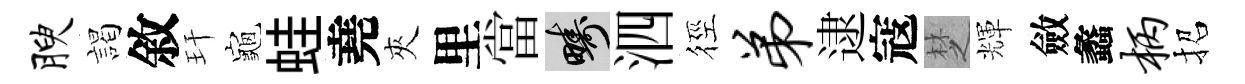
腴謁敘玕龜蛙堯夾里當疇泗徑弟逮寇椘輝斂蠡柄招